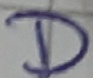
Text: D